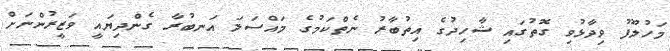
މަހުލޫފު ވިދާޅުވި ގޮތުގައި ޝާހިދުގެ އިތުބާރު ނެތްކަމުގެ މައްސަލަ އަނބުރާ ގެންދިޔައީ ވަޒީރުންނަށް